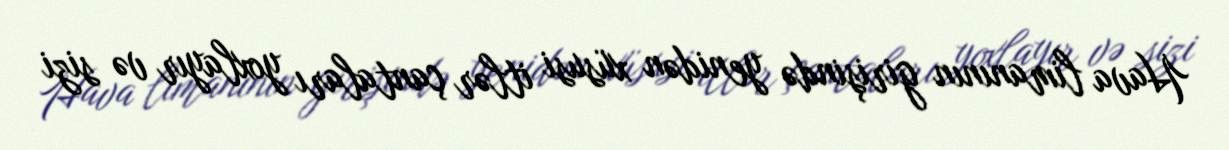
Hava limanının girişində yenidən xüsusi itlər çantaları yoxlayır və sizi